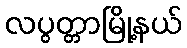
လပွတ္တာမြို့နယ်